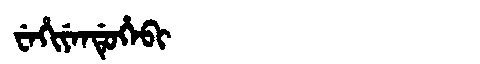
Manchu: ᠸᡝᡥᡳᠶᡝᠨᡩᡠᡥᡝᠪᡳ
Romanization: WEHIYENDUHEBI